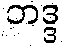
ဘဒ္ဒ